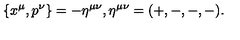
\{ x ^ { \mu } , p ^ { \nu } \} = - \eta ^ { \mu \nu } , \eta ^ { \mu \nu } = ( + , - , - , - ) .